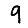
Digit: 9